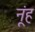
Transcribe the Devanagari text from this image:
नूंह